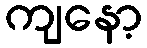
ကျနော့